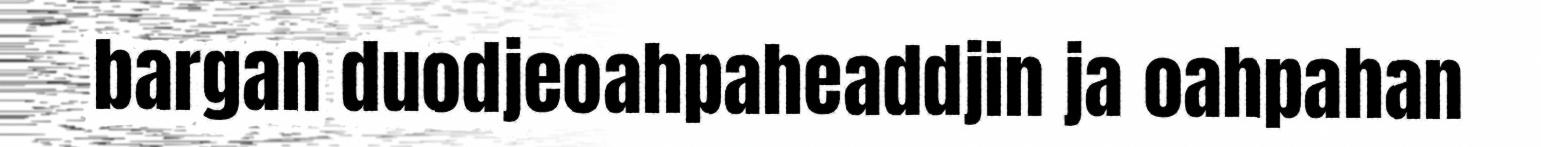
bargan duodjeoahpaheaddjin ja oahpahan